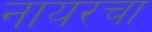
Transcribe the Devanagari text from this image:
नायरचा